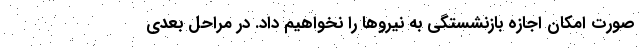
صورت امکان اجازه بازنشستگی به نیروها را نخواهیم داد. در مراحل بعدی